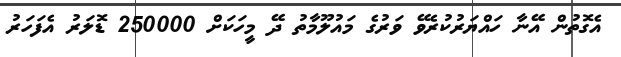
އެގޮތުން އޭނާ ހައްޔަރުކުރެވޭ ވަރުގެ މައުލޫމާތު ދޭ މީހަކަށް 250000 ޑޮލަރު އެފަހަރު